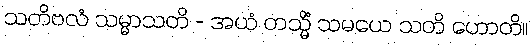
သတိဗလံ သမ္မာသတိ - အယံ တသ္မိံ သမယေ သတိ ဟောတိ။